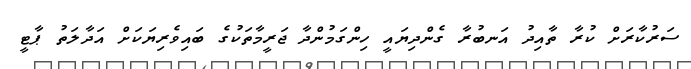
ސަރުކާރަށް ކުރާ ތާއިދު އަނބުރާ ގެންދިޔައީ ހިންގަމުންދާ ޖަރީމާތަކުގެ ބައިވެރިޔަކަށް އަދާލަތު ޕާޓީ